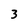
Character: 3